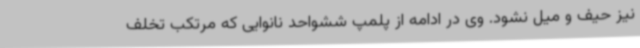
نیز حیف و میل نشود. وی در ادامه از پلمپ ششواحد نانوایی که مرتکب تخلف